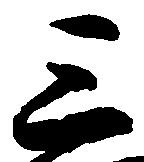
三